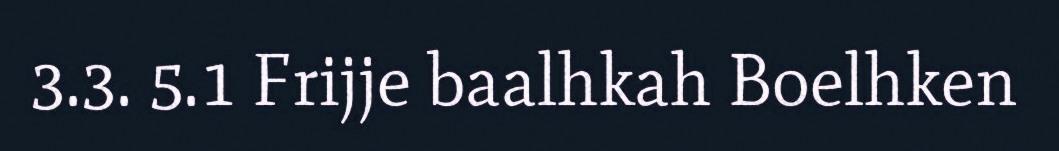
3.3. 5.1 Frijje baalhkah Boelhken